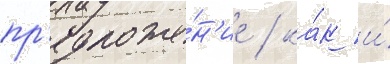
пр'едложе́н'ие / ка́к и́